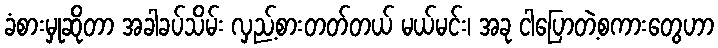
ခံစားမှုဆိုတာ အခါခပ်သိမ်း လှည့်စားတတ်တယ် မယ်မင်း၊ အခု ငါပြောတဲ့စကားတွေဟာ